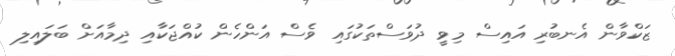
ޒަކްވާން އެނބުރި އައިސް މިވީ ދުވަސްތަކުގައި ވެސް އަންހެން ކުއްޖަކާއި ދިމާއަށް ބަލައިލި